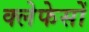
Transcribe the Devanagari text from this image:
क्लेफेसों